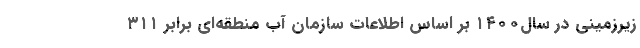
زیرزمینی در سال۱۴۰۰ بر اساس اطلاعات سازمان آب منطقه‌ای برابر ۳۱۱